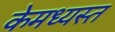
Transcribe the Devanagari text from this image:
केमध्यस्त